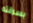
بسرقته